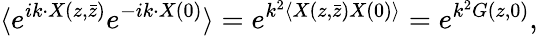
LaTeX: \langle e^{ik\cdot X(z,\bar{z})}e^{-ik\cdot X(0)}\rangle=e^{k^{2}\langle X(z,\bar{z})X(0)\rangle}=e^{k^{2}G(z,0)},